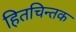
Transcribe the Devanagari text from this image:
हितचिन्तक